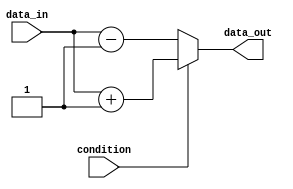
module if_else_behavioral (
    input wire condition,
    input wire data_in,
    output reg data_out
    );

    always @(*)
    begin
        if (condition)
        begin
            // execute these statements if condition is true
            data_out <= data_in + 1;
        end
        else
        begin
            // execute these statements if condition is false
            data_out <= data_in - 1;
        end
    end

endmodule